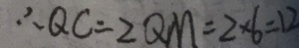
\therefore Q C = 2 Q M = 2 \times 6 = 1 2